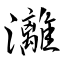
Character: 灕